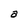
Character: a